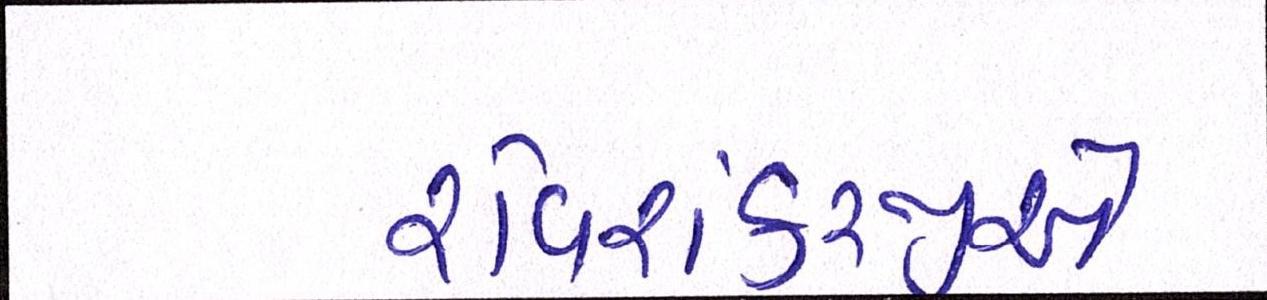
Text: રવિશંકરજીએ